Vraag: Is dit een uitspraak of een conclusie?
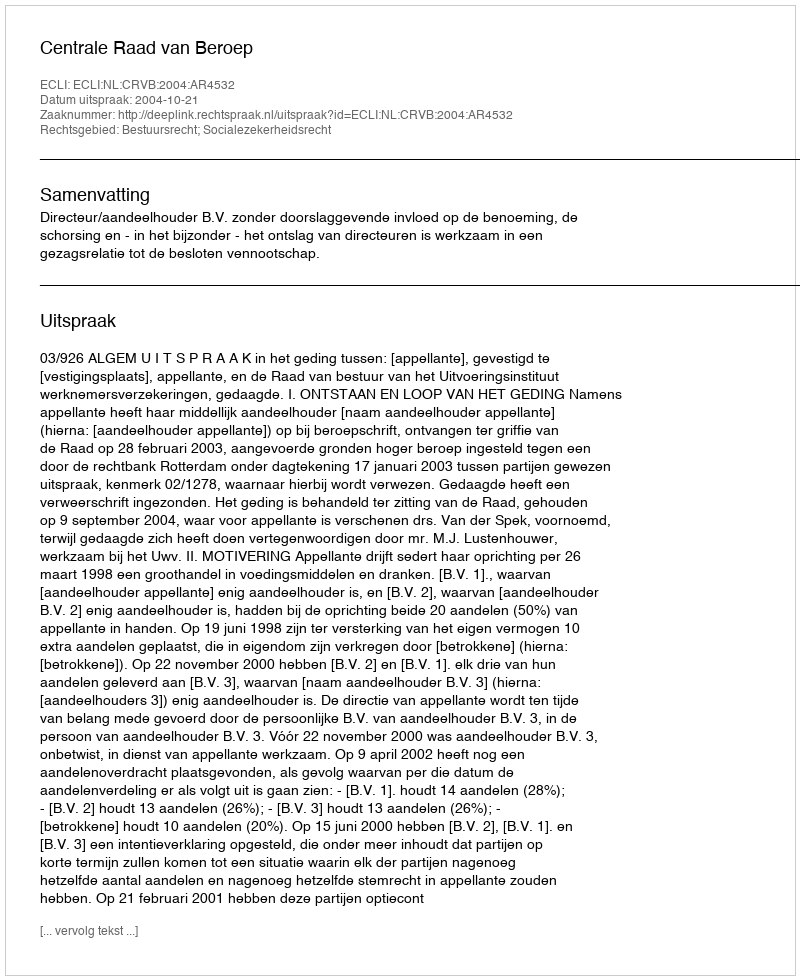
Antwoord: Uitspraak